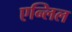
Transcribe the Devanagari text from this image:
एन्लिल